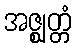
အဇ္ဈတ္တံ